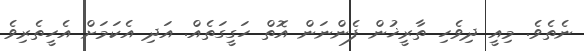
ނެތެވެ. މިއީ ދިވެހި ތާރީޚުން ފެންނަން އޮތް ހަގީގަތެއް. އަދި އެކަމަށް އެހީތެރިވެ